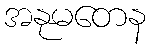
အနုမတေန